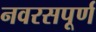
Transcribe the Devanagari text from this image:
नवरसपूर्ण